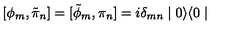
[ \phi _ { m } , \tilde { \pi } _ { n } ] = [ \tilde { \phi } _ { m } , \pi _ { n } ] = i \delta _ { m n } \mid 0 \rangle \langle 0 \mid